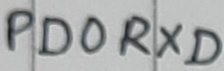
Text: PD0RXD